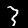
Label: 3